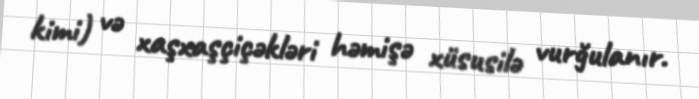
kimi) və xaşxaşçiçəkləri həmişə xüsusilə vurğulanır.